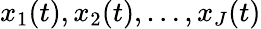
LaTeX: x_{1}(t),x_{2}(t),\dotsc,x_{J}(t)